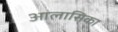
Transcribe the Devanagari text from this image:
आलासिका